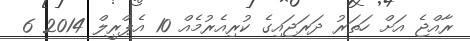
ރާއްޖެ އަށް ހަތަރު ދަރަޖައިގެ ކުރިއެރުމެއް 10 އެޕްރީލް 2014 6